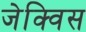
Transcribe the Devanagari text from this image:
जेक्विस